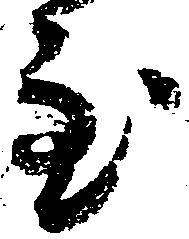
主